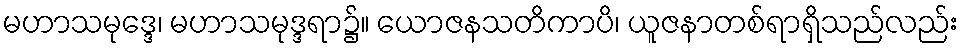
မဟာသမုဒ္ဒေ၊ မဟာသမုဒ္ဒရာ၌။ ယောဇနသတိကာပိ၊ ယူဇနာတစ်ရာရှိသည်လည်း